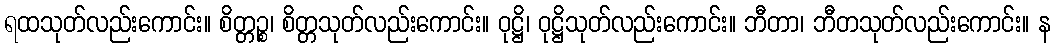
ရထသုတ်လည်းကောင်း။ စိတ္တဉ္စ၊ စိတ္တသုတ်လည်းကောင်း။ ဝုဋ္ဌိ၊ ဝုဋ္ဌိသုတ်လည်းကောင်း။ ဘီတာ၊ ဘီတသုတ်လည်းကောင်း။ န